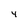
Character: 4